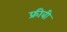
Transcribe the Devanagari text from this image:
फ्रीबी